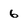
Character: 6